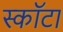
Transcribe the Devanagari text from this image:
स्कॉटा